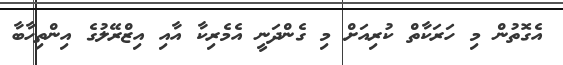
އެގޮތުން މި ހަރަކާތް ކުރިއަށް މި ގެންދަނީ އެމެރިކާ އާއި އިޒްރޭލުގެ އިންތިހާބާ